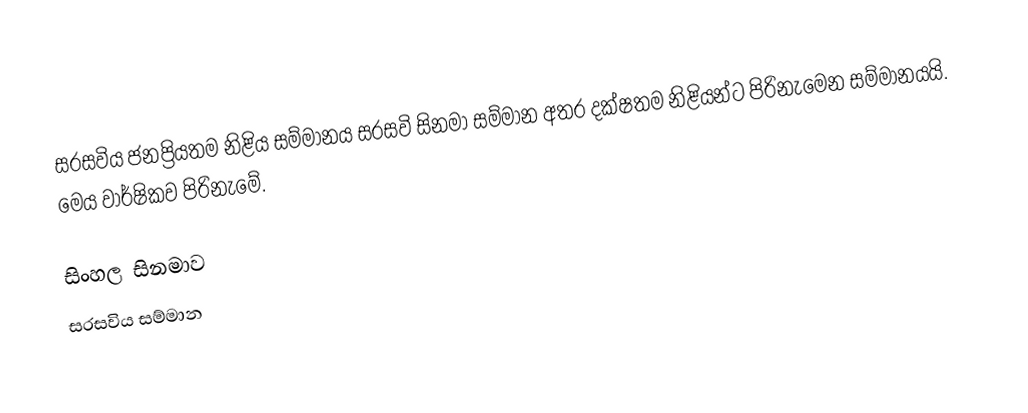
සරසවිය ජනප්‍රියතම නිළිය සම්මානය සරසවි සිනමා සම්මාන අතර දක්ෂතම නිළියන්ට පිරිනැමෙන සම්මානයයි. මෙය වාර්ෂිකව පිරිනැමේ.

සිංහල සිනමාව
සරසවිය සම්මාන